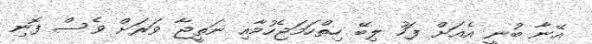
އޭނާ ބުނީ އެއަށް ފަހު ލިބޭ ހިތްހަމަޖެހުމާއި ނަތީޖާ ވަރަށް ވެސް ފޮނި